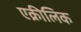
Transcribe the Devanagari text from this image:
एक्रीलिक